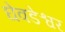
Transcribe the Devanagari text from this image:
घेवडेश्वर